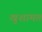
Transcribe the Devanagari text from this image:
खुशामत